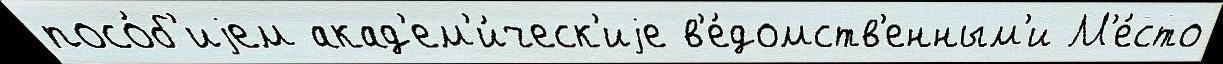
посо́б'иjем акад'ем'и́ческ'иjе в'е́домств'енным'и М'е́сто